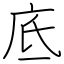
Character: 底